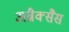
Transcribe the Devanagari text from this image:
अब्रैक्सैस